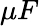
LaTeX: \mu F